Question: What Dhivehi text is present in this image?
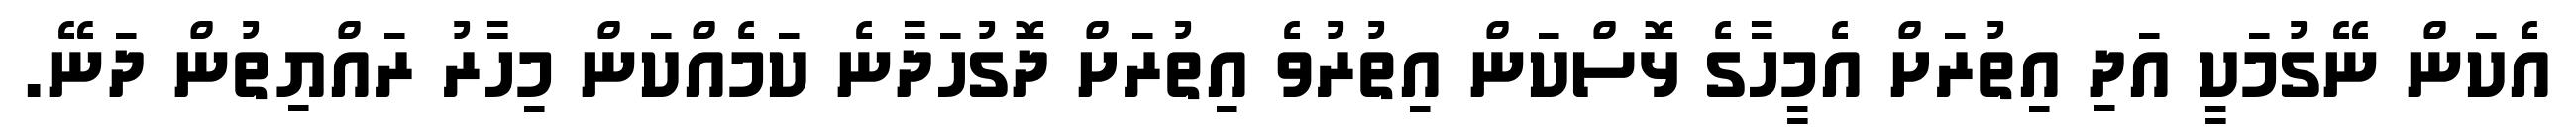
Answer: އެކަން ނޭގުމަކީ އަދި އިތުރަށް އެމީހާގެ ޅޮސްކަން އިތުރުވެ އިތުރަށް ދޮގުހަދާނެ ކަމެއްކަން މިހާރު ރައްޔިތުން ދަނޭ.